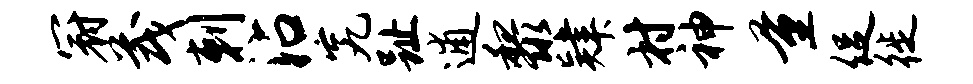
冠茂剌沾究趾逋黎肄村神量促徙